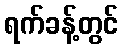
ရက်ခန့်တွင်